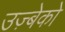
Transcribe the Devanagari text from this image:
उज़्बेको